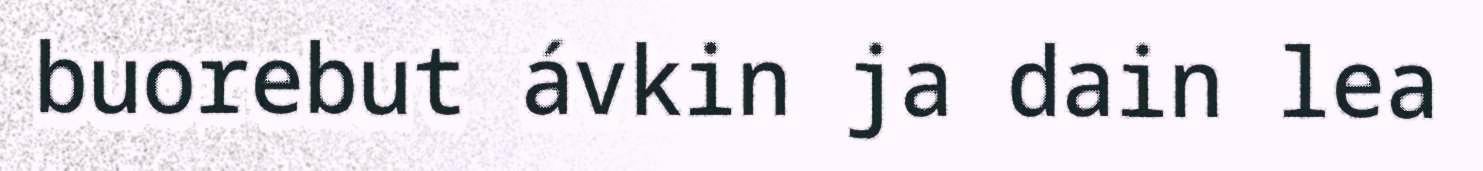
buorebut ávkin ja dain lea